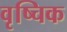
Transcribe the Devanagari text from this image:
वृष्चिक